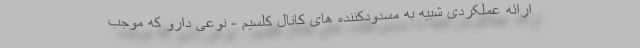
ارائه عملکردی شبیه به مسدودکننده های کانال کلسیم - نوعی دارو که موجب